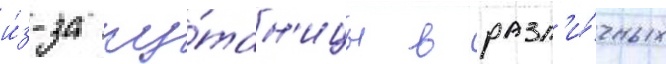
и́з-за пу́тан'ицы в разл'и́чных